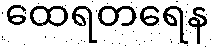
ထေရတရေန